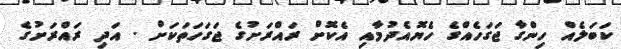
ކަބަލެއް ހިންގާ ޖަގަހެއްގެ ހެޔޮއެދުމާއި އެކޮށް ރައްރަށުގެ ޖަގަހަތަކަށް . އަދި ރައްރަށުގެ